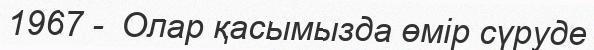
1967 -  Олар қасымызда өмір сүруде